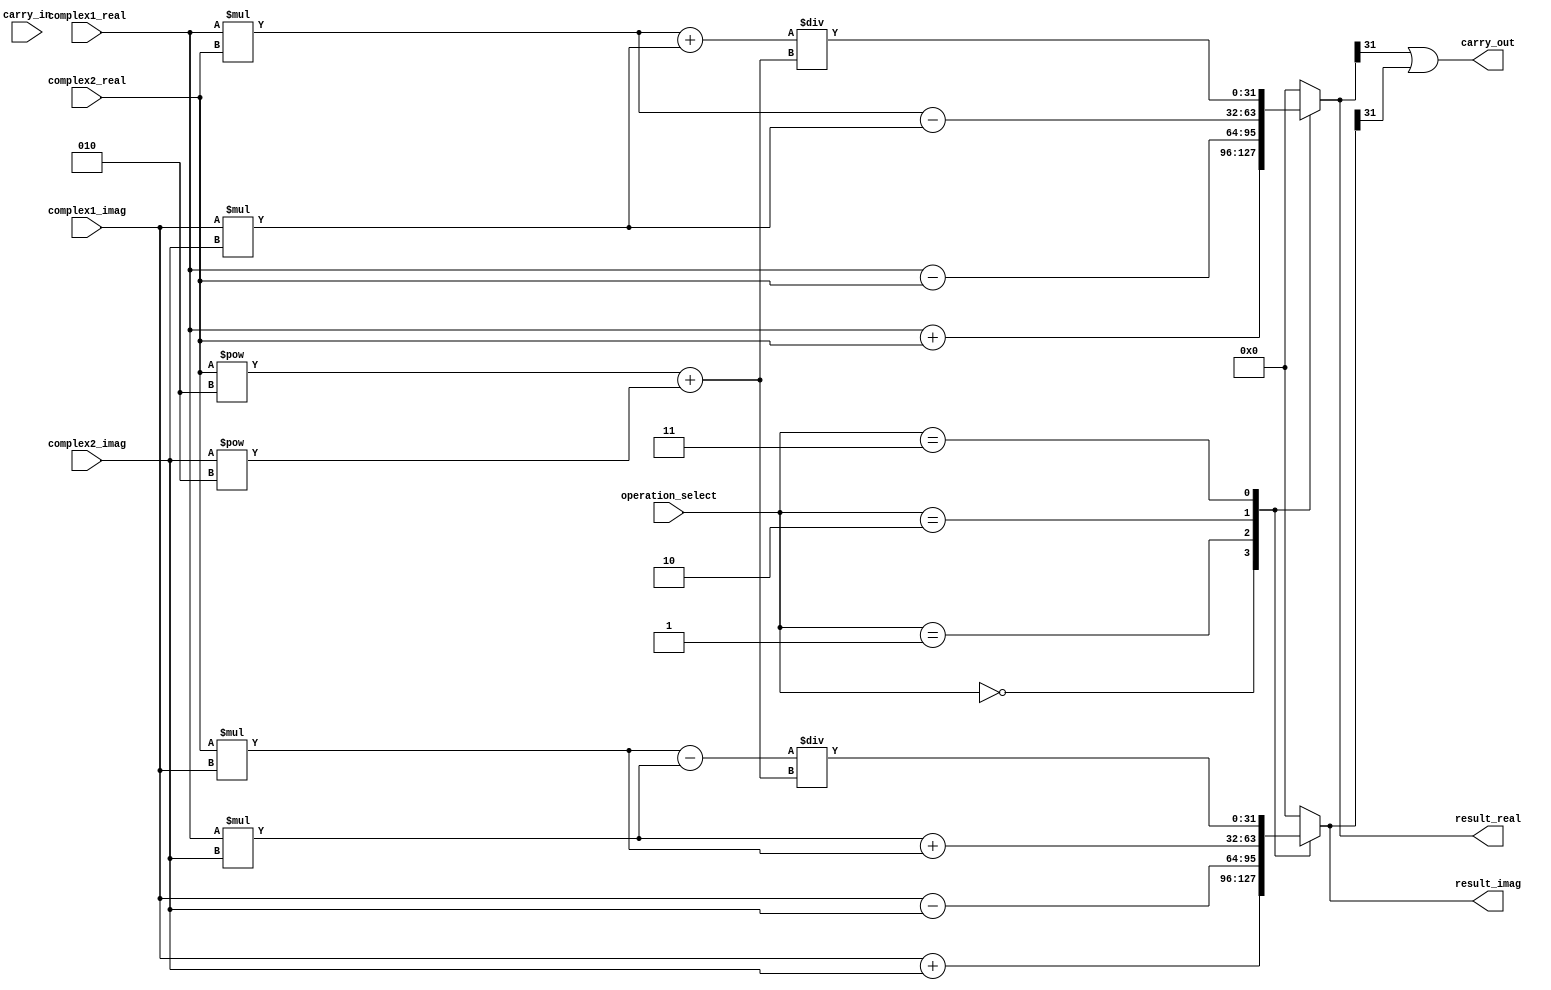
module ComplexALU (
    input wire [31:0] complex1_real,
    input wire [31:0] complex1_imag,
    input wire [31:0] complex2_real,
    input wire [31:0] complex2_imag,
    input wire [3:0] operation_select,
    output wire [31:0] result_real,
    output wire [31:0] result_imag,
    input wire carry_in,
    output wire carry_out
);

// Complex ALU controller
reg [31:0] temp_real, temp_imag;

always @(*) begin
    case(operation_select)
        4'b0000: begin // Addition
            temp_real = complex1_real + complex2_real;
            temp_imag = complex1_imag + complex2_imag;
        end
        4'b0001: begin // Subtraction
            temp_real = complex1_real - complex2_real;
            temp_imag = complex1_imag - complex2_imag;
        end
        4'b0010: begin // Multiplication
            temp_real = complex1_real * complex2_real - complex1_imag * complex2_imag;
            temp_imag = complex1_real * complex2_imag + complex2_real * complex1_imag;
        end
        4'b0011: begin // Division
            temp_real = (complex1_real * complex2_real + complex1_imag * complex2_imag) /
                     (complex2_real**2 + complex2_imag**2);
            temp_imag = (complex2_real * complex1_imag - complex1_real * complex2_imag) /
                     (complex2_real**2 + complex2_imag**2);
        end
        default: begin
            temp_real = 32'b0;
            temp_imag = 32'b0;
        end
    endcase
end

// Error detection and correction
// Additional complex arithmetic operations support
// Carry-in and carry-out signals handling

assign result_real = temp_real;
assign result_imag = temp_imag;
assign carry_out = (temp_real[31] || temp_imag[31]);

endmodule